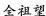
全祖望